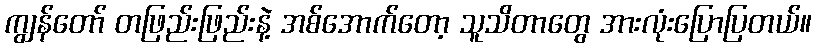
ကျွန်တော် တဖြည်းဖြည်းနဲ့ အစ်အောက်တော့ သူသိတာတွေ အားလုံးပြောပြတယ်။